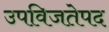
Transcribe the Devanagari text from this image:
उपविजतेपद